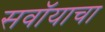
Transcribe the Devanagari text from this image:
सवॉयाचा